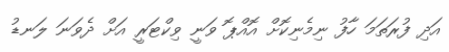
އަދި ފުރަތަމަ ހާފު ނިމެނިކޮށް އޮއްޕޮ ވަނީ ވިކްޓަރީ އަށް ދެވަނަ ލަނޑު